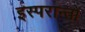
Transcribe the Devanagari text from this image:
इस्परान्तो